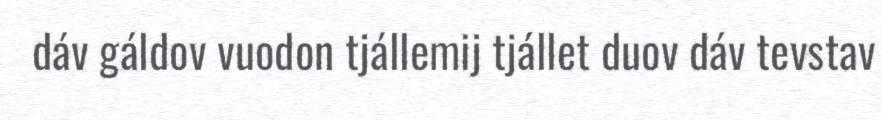
dáv gáldov vuodon tjállemij tjállet duov dáv tevstav